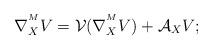
LaTeX: \begin{align*}\nabla^{^M}_{X}V=\mathcal{V}(\nabla^{^M}_{X}V)+\mathcal{A}_{X}V; \end{align*}